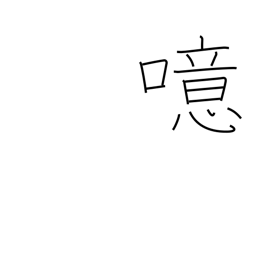
Meaning: burp